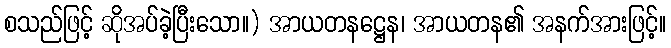
စသည်ဖြင့် ဆိုအပ်ခဲ့ပြီးသော။) အာယတနဋ္ဌေန၊ အာယတန၏ အနက်အားဖြင့်။